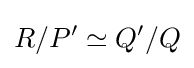
R/P'\simeq Q'/Q